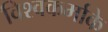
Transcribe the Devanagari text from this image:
विश्वकर्माके